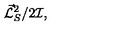
{ \vec { \cal L } _ { S } } ^ { 2 } / 2 { \cal I } ,